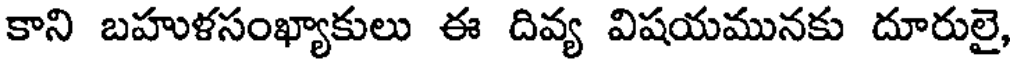
కాని బహుళసంఖ్యాకులు ఈ దివ్య విషయమునకు దూరులై,